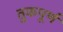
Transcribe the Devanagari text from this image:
तुकपूर्ण